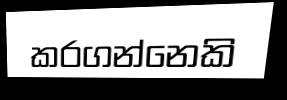
කරගන්නෙකි